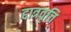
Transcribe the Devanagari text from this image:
द्दात्रवृत्ति